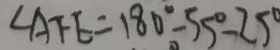
\angle A F E = 1 8 0 ^ { \circ } - 5 5 ^ { \circ } - 2 5 ^ { \circ }